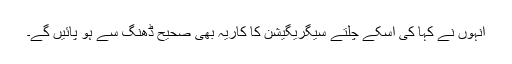
انہوں نے کہا کی اسکے چلتے سیگریگیشن کا کاریہ بھی صحیح ڈھنگ سے ہو پائیں گے۔